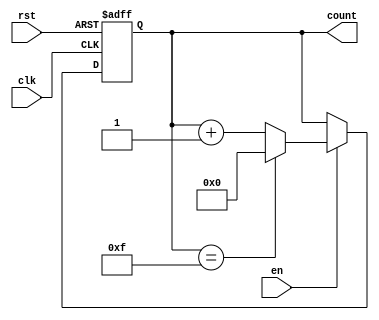
module multi_bit_counter #(
    parameter N = 4  // Define the bit width of the counter (default is 4 bits)
)(
    input wire clk,       // Clock input
    input wire rst,       // Asynchronous reset input
    input wire en,        // Enable input
    output reg [N-1:0] count // N-bit counter output
);

// Counter logic
always @(posedge clk or posedge rst) begin
    if (rst) begin
        // Asynchronous reset
        count <= 0;
    end else if (en) begin
        // Counting logic
        if (count == (2**N - 1)) begin
            count <= 0; // Wrap around to 0
        end else begin
            count <= count + 1; // Increment counter
        end
    end
    // If en is low, count remains unchanged
end

endmodule